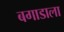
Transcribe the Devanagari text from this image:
बगाडाला